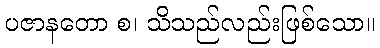
ပဇာနတော စ၊ သိသည်လည်းဖြစ်သော။